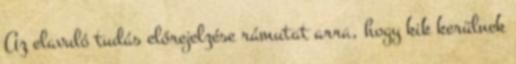
Az elavuló tudás előrejelzése rámutat arra, hogy kik kerülnek